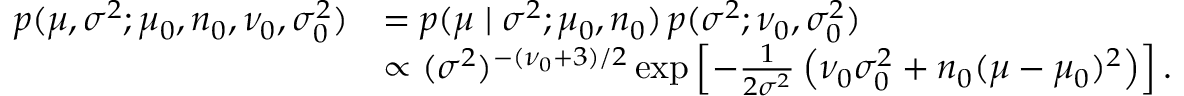
{ \begin{array} { r l } { p ( \mu , \sigma ^ { 2 } ; \mu _ { 0 } , n _ { 0 } , \nu _ { 0 } , \sigma _ { 0 } ^ { 2 } ) } & { = p ( \mu \mid \sigma ^ { 2 } ; \mu _ { 0 } , n _ { 0 } ) \, p ( \sigma ^ { 2 } ; \nu _ { 0 } , \sigma _ { 0 } ^ { 2 } ) } \\ & { \propto ( \sigma ^ { 2 } ) ^ { - ( \nu _ { 0 } + 3 ) / 2 } \exp \left[ - { \frac { 1 } { 2 \sigma ^ { 2 } } } \left( \nu _ { 0 } \sigma _ { 0 } ^ { 2 } + n _ { 0 } ( \mu - \mu _ { 0 } ) ^ { 2 } \right) \right] . } \end{array} }